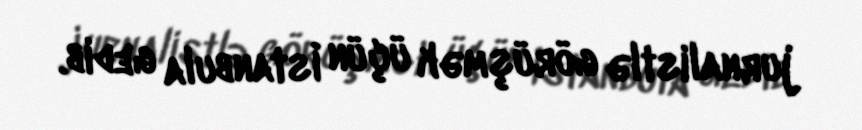
jurnalistlə görüşmək üçün İstanbula gedib.